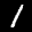
Label: 1